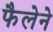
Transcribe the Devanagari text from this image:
फैलेने